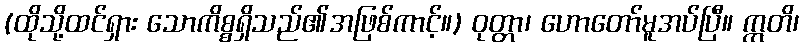
(ထိုသို့ထင်ရှား သောကိစ္စရှိသည်၏အဖြစ်ကာင့်။) ဝုတ္တာ၊ ဟောတော်မူအပ်ပြီ။ ဣတိ၊